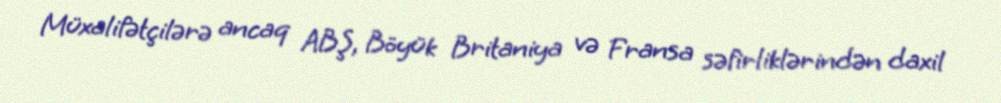
Müxalifətçilərə ancaq ABŞ, Böyük Britaniya və Fransa səfirliklərindən daxil